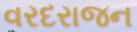
વરદરાજન